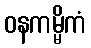
ဝနကမ္မိကံ